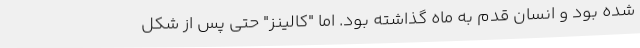
شده بود و انسان قدم به ماه گذاشته بود. اما "کالینز" حتی پس از شکل